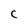
Character: c